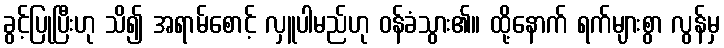
ခွင့်ပြုပြီးဟု သိ၍ အရာမ်စောင့် လှူပါမည်ဟု ဝန်ခံသွား၏။ ထို့နောက် ရက်များစွာ လွန်မှ